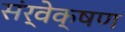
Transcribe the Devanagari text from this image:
संर्वेक्षण